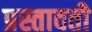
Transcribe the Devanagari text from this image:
प्रस्तावती